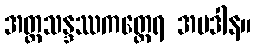
အတ္ထသန္ဒဿကတ္ထေရ အပဒါန။